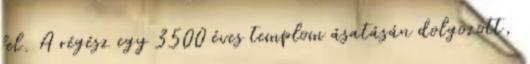
fel. A régész egy 3500 éves templom ásatásán dolgozott,